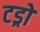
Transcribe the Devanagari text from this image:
टड्रो